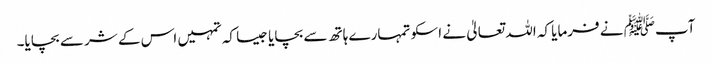
آپﷺ نے فرمایا کہ اللہ تعالیٰ نے اسکو تمہارے ہاتھ سے بچایا جیسا کہ تمہیں اس کے شر سے بچایا۔